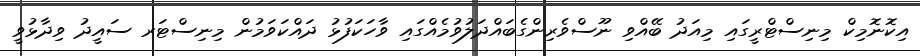
އިކޮނޮމިކް މިނިސްޓްރީގައި މިއަދު ބޭއްވި ނޫސްވެރިންގެބައްދަލުވުމެއްގައި ވާހަކަފުޅު ދައްކަވަމުން މިނިސްޓަރ ސައީދު ވިދާޅުވީ